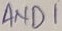
Text: AND1